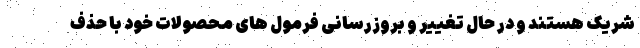
شریک هستند و در حال تغییر و بروزرسانی فرمول های محصولات خود با حذف